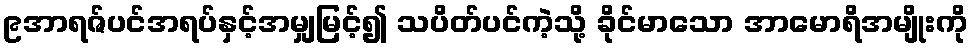
၉အာရဇ်ပင်အရပ်နှင့်အမျှမြင့်၍ သပိတ်ပင်ကဲ့သို့ ခိုင်မာသော အာမောရိအမျိုးကို